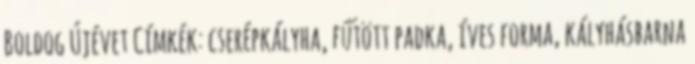
Boldog Újévet Címkék: cserépkályha, fűtött padka, íves forma, kályhásbarna